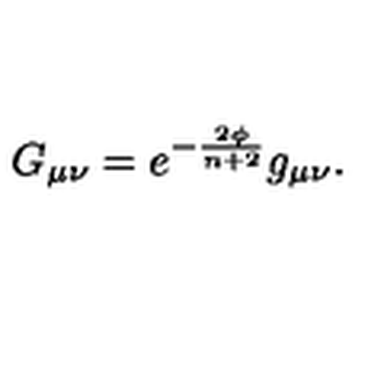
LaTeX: G _ { \mu \nu } = e ^ { - \frac { 2 \phi } { n + 2 } } g _ { \mu \nu } .